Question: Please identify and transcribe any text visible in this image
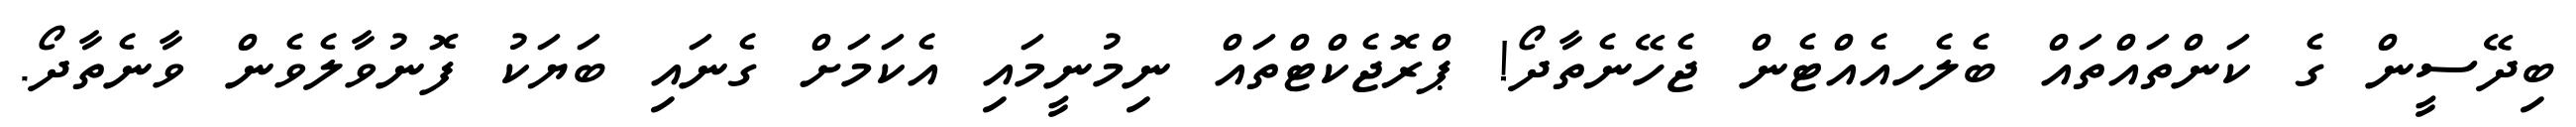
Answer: ބިދޭސީން ގެ ކަންތައްތައް ބެލެހއެއްޓެން ޖެހޭނެތާދޯ! ޕްރޮޖެކްޓްތައް ނިމުނީމައި އެކަމަށް ގެނައި ބަޔަކު ފޮނުވާލެވެން ވާނެތާދޯ.